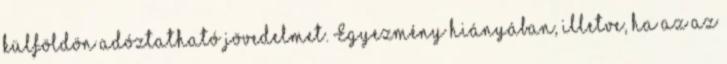
külföldön adóztatható jövedelmet. Egyezmény hiányában, illetve, ha az az